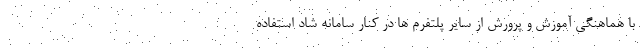
با هماهنگی آموزش و پرورش از سایر پلتفرم ها در کنار سامانه شاد استفاده